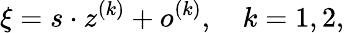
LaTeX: \xi=s\cdot z^{(k)}+o^{(k)},\quad k=1,2,